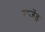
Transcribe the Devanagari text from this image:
राजेंड्र